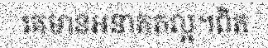
គេមានអនាគតល្អ។ពិត